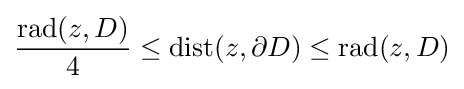
{\frac {\operatorname {rad} (z,D)}{4}}\leq \operatorname {dist} (z,\partial D)\leq \operatorname {rad} (z,D)